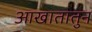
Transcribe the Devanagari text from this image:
आखातातुन